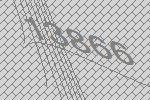
13866